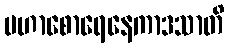
မဟာစောရေနေကာဒသာတိ